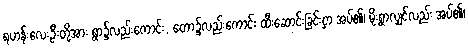
ရဟန်းလေးဦးတို့အား ရွာ၌လည်းကောင်း, တော၌လည်းကောင်း ထီးဆောင်းခြင်းငှာ အပ်၏၊ မိုးရွာလျှင်လည်း အပ်၏၊